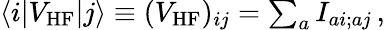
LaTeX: \begin{array}{r}{\langle i|V_{\mathrm{HF}}|j\rangle\equiv(V_{\mathrm{HF}})_{ij}=\sum_{a}I_{ai;aj}\, ,}\end{array}